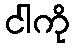
ငါကို